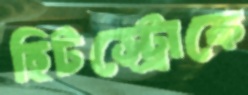
হিটস্ট্রোকে